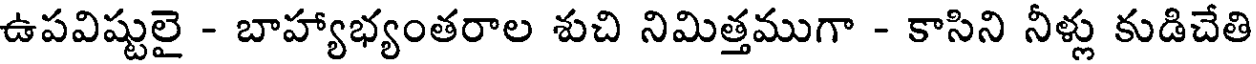
ఉపవిష్టులై - బాహ్యాభ్యంతరాల శుచి నిమిత్తముగా - కాసిని నీళ్లు కుడిచేతి